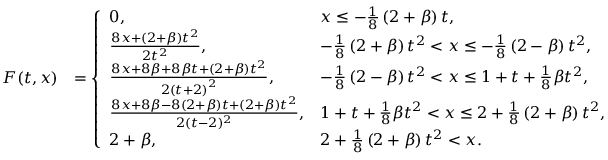
\begin{array} { r l } { F ( t , x ) } & { = \left\{ \begin{array} { l l } { 0 , } & { x \leq - \frac { 1 } { 8 } \left( 2 + \beta \right) t , } \\ { \frac { 8 x + \left( 2 + \beta \right) t ^ { 2 } } { 2 t ^ { 2 } } , } & { - \frac { 1 } { 8 } \left( 2 + \beta \right) t ^ { 2 } < x \leq - \frac { 1 } { 8 } \left( 2 - \beta \right) t ^ { 2 } , } \\ { \frac { 8 x + 8 \beta + 8 \beta t + ( 2 + \beta ) t ^ { 2 } } { 2 \left( t + 2 \right) ^ { 2 } } , } & { - \frac { 1 } { 8 } \left( 2 - \beta \right) t ^ { 2 } < x \leq 1 + t + \frac 1 8 \beta t ^ { 2 } , } \\ { \frac { 8 x + 8 \beta - 8 \left( 2 + \beta \right) t + \left( 2 + \beta \right) t ^ { 2 } } { 2 ( t - 2 ) ^ { 2 } } , } & { 1 + t + \frac 1 8 \beta t ^ { 2 } < x \leq 2 + \frac 1 8 \left( 2 + \beta \right) t ^ { 2 } , } \\ { 2 + \beta , } & { 2 + \frac { 1 } { 8 } \left( 2 + \beta \right) t ^ { 2 } < x . } \end{array} \right. } \end{array}